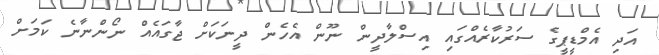
އަދި އެމްޑީޕީގެ ސަރުކާރެއްގައި އިސްލާދީން ނޫން އެހެން ދީނަކަށް ޖާގައެއް ނޯންނާނެ ކަމަށް